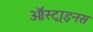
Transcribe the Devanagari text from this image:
ऑस्ट्राइनस